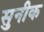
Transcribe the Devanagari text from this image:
सुनीक